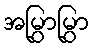
အမြွှာမြွှာ